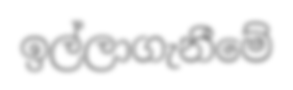
ඉල්ලාගැනීමේ